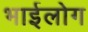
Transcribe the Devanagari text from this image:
भाईलोग